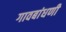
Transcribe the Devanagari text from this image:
गावबांधणी